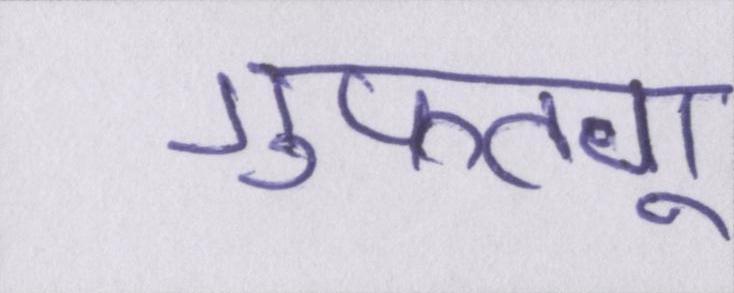
गुफ्तगू